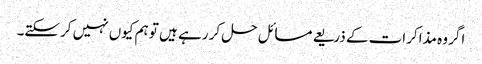
اگر وہ مذاکرات کے ذریعے مسائل حل کر رہے ہیں تو ہم کیوں نہیں کرسکتے۔